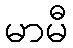
မာမီ